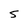
Character: 5